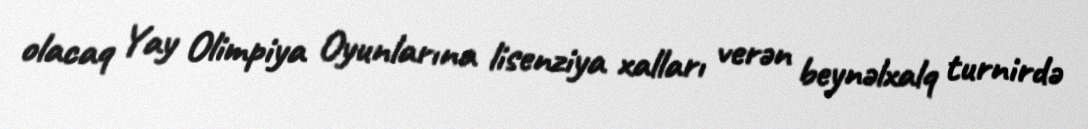
olacaq Yay Olimpiya Oyunlarına lisenziya xalları verən beynəlxalq turnirdə